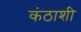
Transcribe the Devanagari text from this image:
कंठाशी